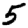
Digit: 5